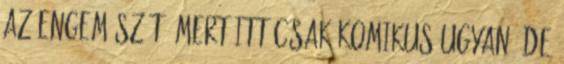
az Engem szót, mert itt csak komikus ugyan, de